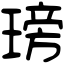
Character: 𤧭